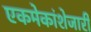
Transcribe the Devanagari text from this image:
एकमेकांशेजारी